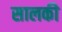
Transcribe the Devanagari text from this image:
सालकी